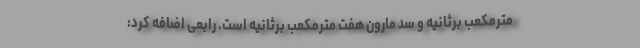
مترمکعب برثانیه و سد مارون هفت مترمکعب برثانیه است. رابعی اضافه کرد: